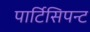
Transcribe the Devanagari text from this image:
पार्टिसिपन्ट